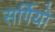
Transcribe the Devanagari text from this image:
सर्गियो